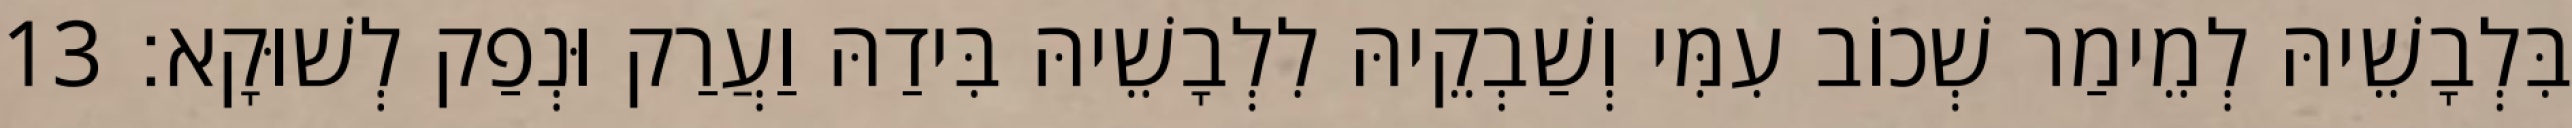
בִּלְבָשֵׁיהּ לְמֵימַר שְׁכוֹב עִמִּי וְשַׁבְקֵיהּ לִלְבָשֵׁיהּ בִּידַהּ וַעֲרַק וּנְפַק לְשׁוּקָא׃ 13